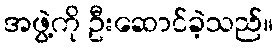
အဖွဲ့ကို ဦးဆောင်ခဲ့သည်။